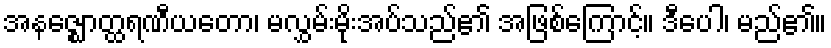
အနဇ္ဈောတ္ထရဏီယတော၊ မလွှမ်းမိုးအပ်သည်၏ အဖြစ်ကြောင့်။ ဒီပေါ၊ မည်၏။